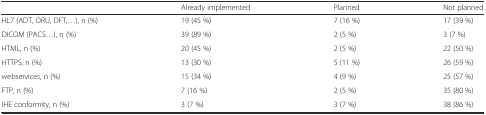
<table><thead><tr><td></td><td><b>Already implemented</b></td><td><b>Planned</b></td><td><b>Not planned</b></td></tr></thead><tbody><tr><td>HL7 (ADT, ORU, DFT,...), n (%)</td><td>19 (45 %)</td><td>7 (16 %)</td><td>17 (39 %)</td></tr><tr><td>DICOM (PACS...), n (%)</td><td>39 (89 %)</td><td>2 (5 %)</td><td>3 (7 %)</td></tr><tr><td>HTML, n (%)</td><td>20 (45 %)</td><td>2 (5 %)</td><td>22 (50 %)</td></tr><tr><td>HTTPS, n (%)</td><td>13 (30 %)</td><td>5 (11 %)</td><td>26 (59 %)</td></tr><tr><td>webservices, n (%)</td><td>15 (34 %)</td><td>4 (9 %)</td><td>25 (57 %)</td></tr><tr><td>FTP, n (%)</td><td>7 (16 %)</td><td>2 (5 %)</td><td>35 (80 %)</td></tr><tr><td>IHE conformity, n (%)</td><td>3 (7 %)</td><td>3 (7 %)</td><td>38 (86 %)</td></tr></tbody></table>